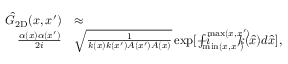
\begin{array} { r l } { \hat { G } _ { \mathrm { 2 D } } ( x , x ^ { \prime } ) } & { \approx } \\ { \frac { \alpha ( x ) \alpha ( x ^ { \prime } ) } { 2 i } } & { \sqrt { \frac { 1 } { k ( x ) k ( x ^ { \prime } ) A ( x ^ { \prime } ) A ( x ) } } \exp [ - i \! \! \! \! \! \! \! \int _ { \operatorname* { m i n } ( x , x ^ { \prime } ) } ^ { \operatorname* { m a x } ( x , x ^ { \prime } ) } \! \! \! \! \! \! \! { k ( \hat { x } ) d \hat { x } } ] , } \end{array}